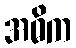
အဓိက